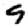
Digit: 9